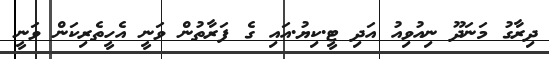
ދިރާގު މަނަދޫ ނިއުވިއު އަދި ޓީ.ކިޔު.އައި ގެ ފަރާތުން ވަނީ އެހީތެރިކަން ވަނީ